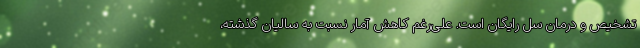
تشخیص و درمان سل رایگان است. علی‌رغم کاهش آمار نسبت به سالیان گذشته،